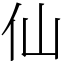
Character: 仙